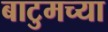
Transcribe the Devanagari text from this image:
बाटुमच्या